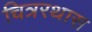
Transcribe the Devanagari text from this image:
चित्ररथास